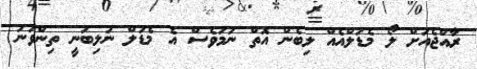
ރާއްޖެއަށް ލޯ މެޑަލްއެއް ލިބެން އޮތް ނަމަވެސް އެ މެޑަލް ނުލިބުނީ ތިންވަނަ